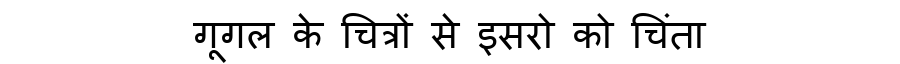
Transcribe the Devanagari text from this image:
गूगल के चित्रों से इसरो को चिंता